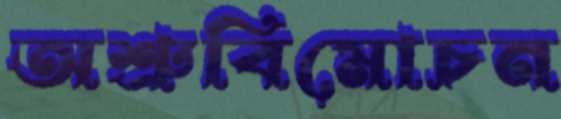
অশ্রুবিমোচন